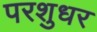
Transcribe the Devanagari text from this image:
परशुधर